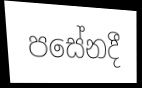
පසේනදී